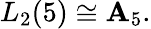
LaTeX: L_{2}(5)\cong\mathbf{A}_{5}.